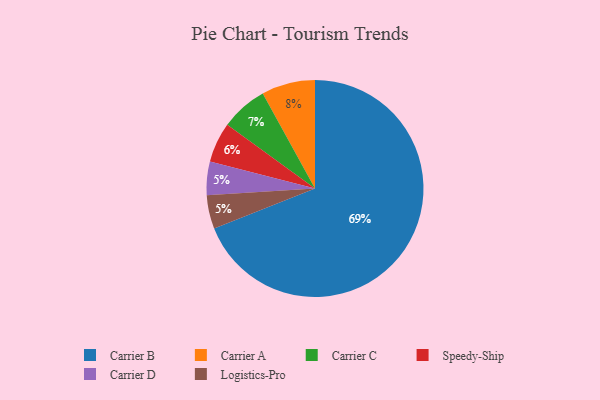
{"axis": {"x": "Category", "y": "Percentage"}, "legend": ["Carrier A", "Carrier B", "Carrier C", "Carrier D", "Logistics-Pro", "Speedy-Ship"], "data": [{"x": "Carrier D", "y": 5, "type": "Carrier D"}, {"x": "Logistics-Pro", "y": 5, "type": "Logistics-Pro"}, {"x": "Carrier B", "y": 69, "type": "Carrier B"}, {"x": "Carrier C", "y": 7, "type": "Carrier C"}, {"x": "Carrier A", "y": 8, "type": "Carrier A"}, {"x": "Speedy-Ship", "y": 6, "type": "Speedy-Ship"}]}